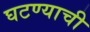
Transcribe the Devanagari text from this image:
घटण्याची